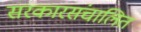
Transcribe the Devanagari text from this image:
सरकारसंचालित